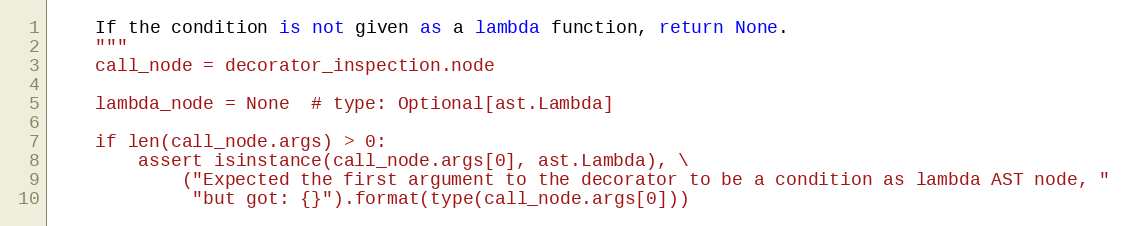
Language: Python
    If the condition is not given as a lambda function, return None.
    """
    call_node = decorator_inspection.node

    lambda_node = None  # type: Optional[ast.Lambda]

    if len(call_node.args) > 0:
        assert isinstance(call_node.args[0], ast.Lambda), \
            ("Expected the first argument to the decorator to be a condition as lambda AST node, "
             "but got: {}").format(type(call_node.args[0]))